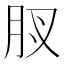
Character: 𮌋